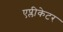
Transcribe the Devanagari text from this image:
एप्लीकेटर